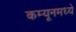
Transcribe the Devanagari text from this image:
कम्यूनमध्ये